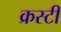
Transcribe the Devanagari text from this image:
क्रस्टी